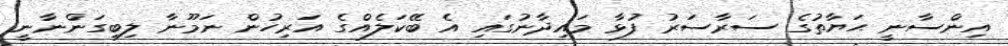
އިންސާނީ ޙަޔާތުގެ ސަރާސަރު ފުޅާ މައިދާނުގައި އެ ބޭކަލެއްގެ އަރިހުން ނަމޫނާ ލިބިގަންނާނީ